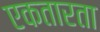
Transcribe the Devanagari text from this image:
एकतारता